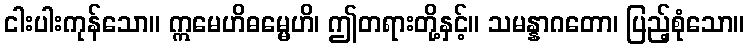
ငါးပါးကုန်သော။ ဣမေဟိဓမ္မေဟိ၊ ဤတရားတို့နှင့်။ သမန္နာဂတော၊ ပြည့်စုံသော။